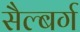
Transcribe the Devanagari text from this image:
सैल्बर्ग